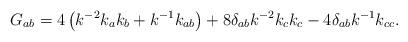
LaTeX: \begin{align*}G_{ab} = 4 \left ( k^{-2} k_{a} k_{b} + k^{-1} k_{ab} \right ) + 8\delta _{ab} k^{-2 } k_{c} k_{c} - 4 \delta _{ab} k^{-1 } k_{cc}.\end{align*}